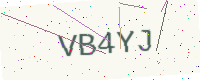
Text: VB4YJ